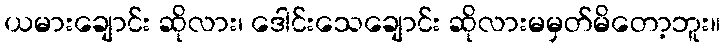
ယမားချောင်း ဆိုလား၊ ဒေါင်းသေချောင်း ဆိုလားမမှတ်မိတော့ဘူး။